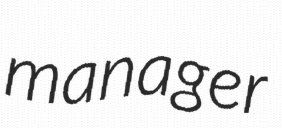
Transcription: manager